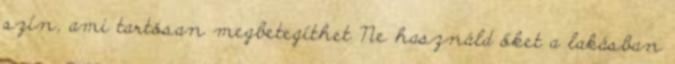
szín, ami tartósan megbetegíthet Ne használd őket a lakásban